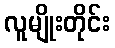
လူမျိုးတိုင်း